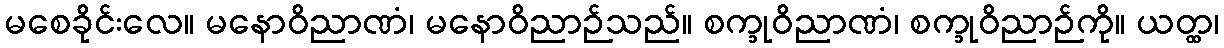
မစေခိုင်းလေ။ မနောဝိညာဏံ၊ မနောဝိညာဉ်သည်။ စက္ခုဝိညာဏံ၊ စက္ခုဝိညာဉ်ကို။ ယတ္ထ၊